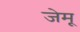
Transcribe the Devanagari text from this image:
जेमू